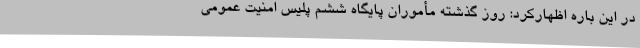
در این باره اظهارکرد: روز گذشته مأموران پایگاه ششم پلیس امنیت عمومی